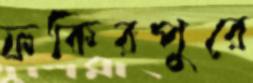
ফকিরপুরে